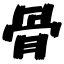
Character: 骨